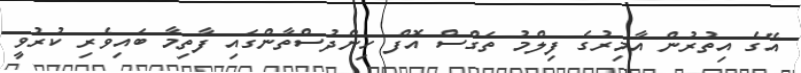
އޭގެ އިތުރުން އާމިރުގެ ފިލްމު ތަގްސް އޮފް ހިންދުސްތާންގައި ފާތިމާ ބައިވެރި ކުރުވީ